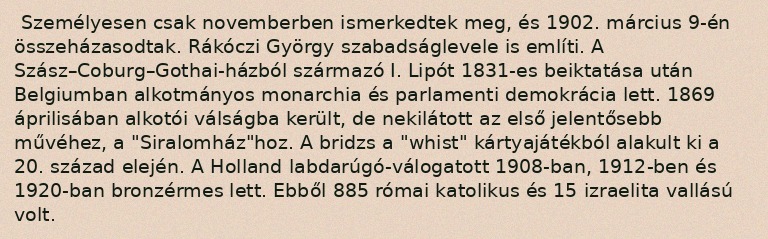
Személyesen csak novemberben ismerkedtek meg, és 1902. március 9-én összeházasodtak. Rákóczi György szabadságlevele is említi. A Szász–Coburg–Gothai-házból származó I. Lipót 1831-es beiktatása után Belgiumban alkotmányos monarchia és parlamenti demokrácia lett. 1869 áprilisában alkotói válságba került, de nekilátott az első jelentősebb művéhez, a "Siralomház"hoz. A bridzs a "whist" kártyajátékból alakult ki a 20. század elején. A Holland labdarúgó-válogatott 1908-ban, 1912-ben és 1920-ban bronzérmes lett. Ebből 885 római katolikus és 15 izraelita vallású volt.